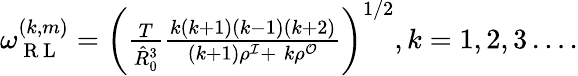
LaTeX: \begin{array}{r}{\omega_{\mathrm{~R~L~}}^{(k,m)}=\left(\frac{T}{\hat{R}_{0}^{3}}\frac{k\left(k+1\right)\left(k-1\right)\left(k+2\right)}{\left(k+1\right)\rho^{\mathcal{I}}+\; k\rho^{\mathcal{O}}}\right)^{1/2},k=1,2,3\ldots.}\end{array}